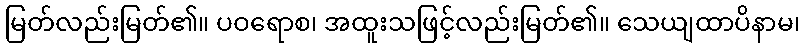
မြတ်လည်းမြတ်၏။ ပဝရောစ၊ အထူးသဖြင့်လည်းမြတ်၏။ သေယျထာပိနာမ၊